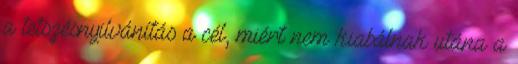
a tetszésnyilvánítás a cél, miért nem kiabálnak utána a